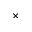
\times